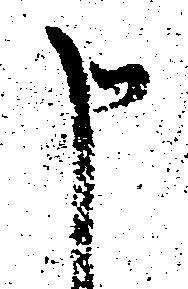
申